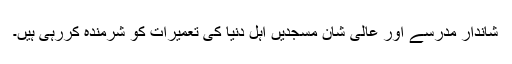
شاندار مدرسے اور عالی شان مسجدیں اہل دنیا کی تعمیرات کو شرمندہ کررہی ہیں۔